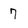
Character: 7